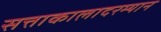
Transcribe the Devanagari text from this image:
सत्ताकालादरम्यान